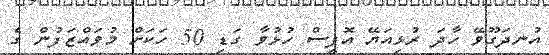
އުނދަގޫވޭ ހާދަ ރުޅިއަޔޭ އޮފީސް ހުޅުވާ ގަޑި 50 ހަކަށް މުވައްޒަފުން ގެ